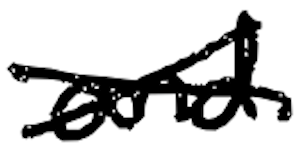
Text: and
Cross-out: cross
Writing tool: digital_black